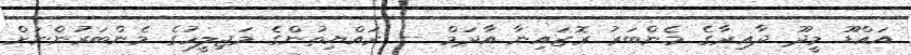
އައްޑޫ މީދޫ ދާއިރާގެ މެންބަރު ރޮޒައިނާ އާދަމް -- ރައްޔިތުންގެ މަޖިލީހުގެ މެންބަރުންނަށް